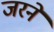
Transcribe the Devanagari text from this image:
जरने